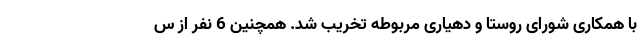
با همکاری شورای روستا و دهیاری مربوطه تخریب شد. همچنین 6 نفر از س